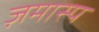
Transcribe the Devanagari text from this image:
ज़मास्प